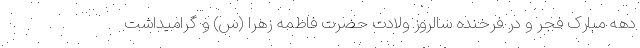
دهه مبارک فجر و در فرخنده سالروز ولادت حضرت فاطمه زهرا (س) و گرامیداشت